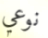
نوعي